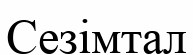
Сезімтал